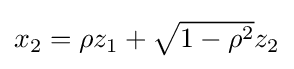
{\textstyle x_{2}=\rho z_{1}+{\sqrt {1-\rho ^{2}}}z_{2}}